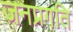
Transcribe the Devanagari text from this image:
जनप्रगति